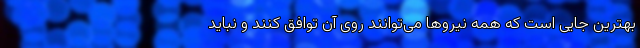
بهترین جایی است که همه نیروها می‌توانند روی آن توافق کنند و نباید